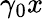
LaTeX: \gamma_{0}x